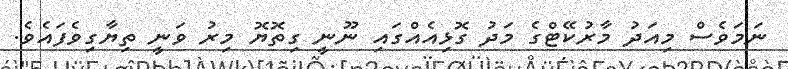
ނަމަވެސް މިއަދު މާރުކޭޓްގެ މަދު ގޮޅިއެއްގައި ނޫނީ ގިތޮޔޮ މިރު ވަނީ ތިޔާގިވެފައެވެ.